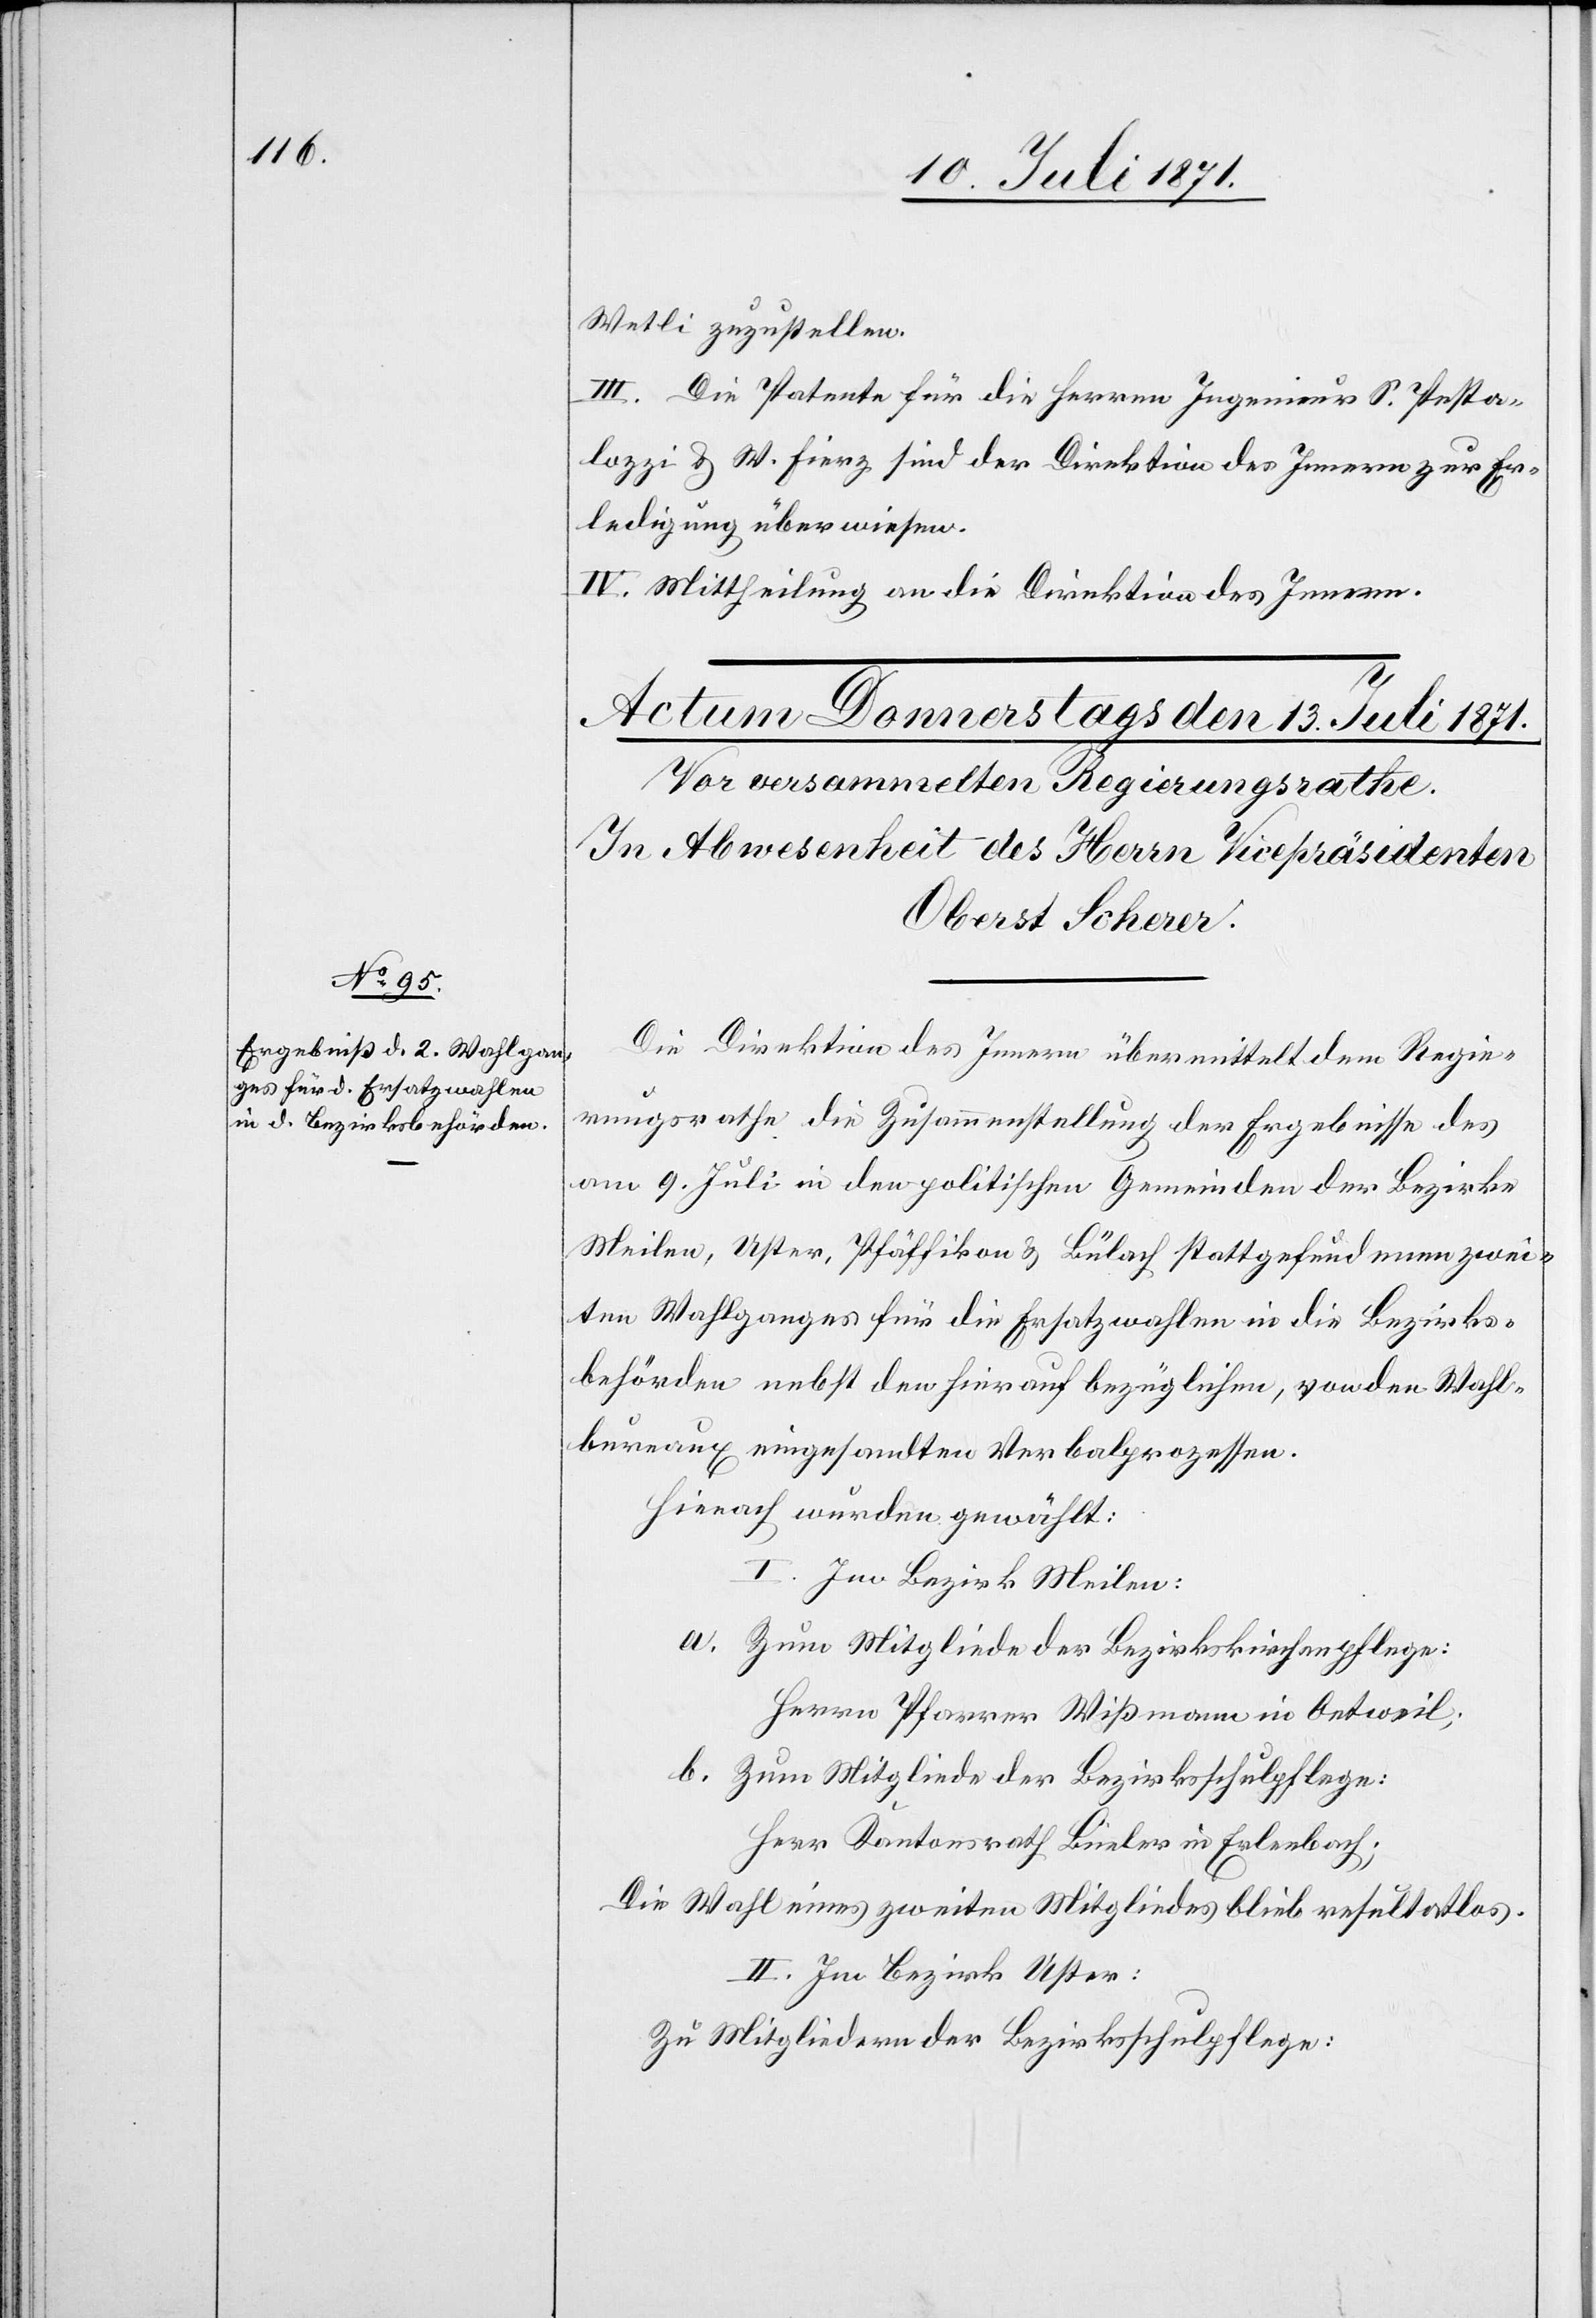
Wetli zuzustellen.
III. Die Patente für die Herren Ingenieur S. Pesta¬
lozzi u. W. Fierz sind der Direktion des Innern zur Er¬
ledigung überwiesen.
IV. Mittheilung an die Direktion des Innern.
Die Direktion des Innern übermittelt dem Regie¬
rungsrathe die Zusammenstellung der Ergebnisse des
am 9. Juli in den politischen Gemeinden der Bezirke
Meilen, Uster, Pfäffikon u. Bülach stattgefundenen zwei¬
ten Wahlganges für die Ersatzwahlen in die Bezirks¬
behörden nebst den hierauf bezüglichen, von den Wahl¬
bureaux eingesandten Verbalprozessen.
Hiernach wurden gewählt:
I. Im Bezirk Meilen:
Zum Mitgliede der Bezirkskirchenpflege:
Herrn Pfarrer Wißmann in Oetweil;
Herr Kantonsrath Büeler in Erlenbach;
Die Wahl eines zweiten Mitgliedes blieb resultatlos.
II. Im Bezirk Uster:
Zu Mitgliedern der Bezirksschulpflege: